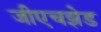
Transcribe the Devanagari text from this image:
जीएचझेड